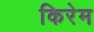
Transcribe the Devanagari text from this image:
किरेम